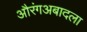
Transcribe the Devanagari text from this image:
औरंगअबादला